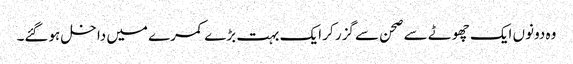
وہ دونوں ایک چھوٹے سے صحن سے گزر کر ایک بہت بڑے کمرے میں داخل ہوگئے۔